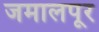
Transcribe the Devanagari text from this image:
जमालपूर